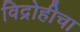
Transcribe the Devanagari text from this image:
विद्रोहीचा